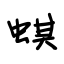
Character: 蜞